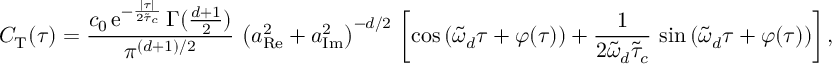
C _ { \mathrm { T } } ( \tau ) = \frac { c _ { 0 } \, \mathrm { e } ^ { - \frac { \lvert \tau \rvert } { 2 \tilde { \tau } _ { c } } } \, \Gamma ( \frac { d + 1 } { 2 } ) } { \pi ^ { ( d + 1 ) / 2 } } \, \left( a _ { \mathrm { R e } } ^ { 2 } + a _ { \mathrm { I m } } ^ { 2 } \right) ^ { - d / 2 } \, \left[ \cos \left( \tilde { \omega } _ { d } \tau + \varphi ( \tau ) \right) + \frac { 1 } { 2 \tilde { \omega } _ { d } \tilde { \tau } _ { c } } \, \sin \left( \tilde { \omega } _ { d } \tau + \varphi ( \tau ) \right) \right] ,